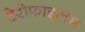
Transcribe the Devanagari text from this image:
टेरोफाइलम